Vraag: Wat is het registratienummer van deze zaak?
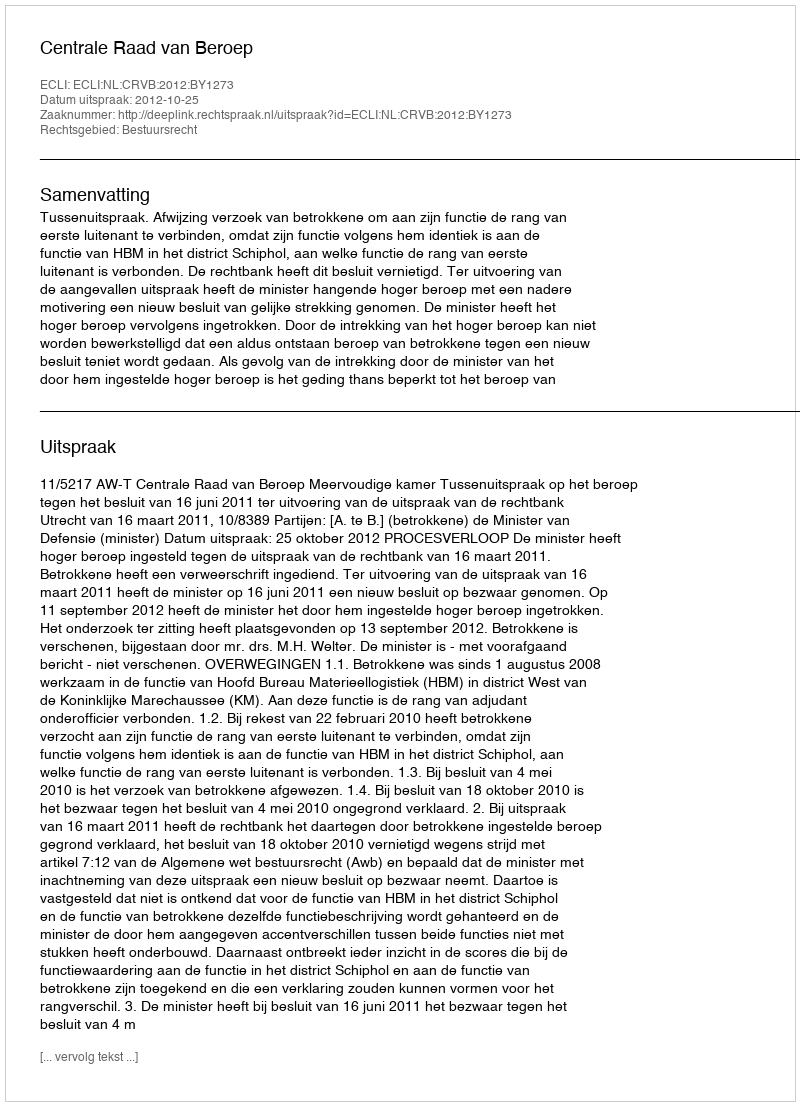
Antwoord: http://deeplink.rechtspraak.nl/uitspraak?id=ECLI:NL:CRVB:2012:BY1273